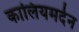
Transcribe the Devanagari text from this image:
कालियमर्दन